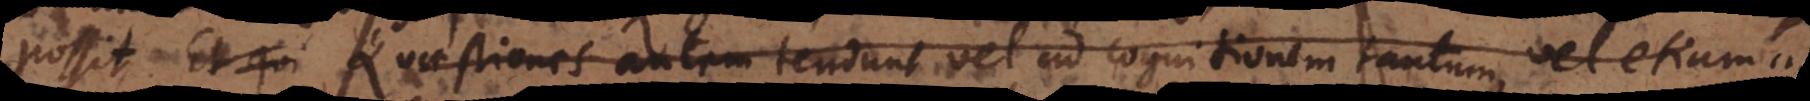
t qui (2) Quaestiones autem tendunt vel ad cognitionem tantum vel etiam ad